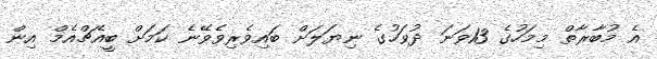
އެ މުބާރާތް މިމަހުގެ 13ވަނަ ދުވަހުގެ ނިޔަލަށް ބައިވެރިވެވޭނެ ކަމަށް ބީއެޗްއެމް އިން